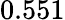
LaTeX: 0.551